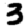
Digit: 3